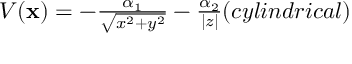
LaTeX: \begin{array} { c } { { V ( { \bf x } ) = - { \frac { \alpha _ { 1 } } { \sqrt { x ^ { 2 } + y ^ { 2 } } } } - { \frac { \alpha _ { 2 } } { | z | } } \space \space \space \space ( c y l i n d r i c a l ) } } \end{array} \nonumber